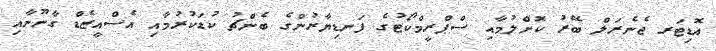
އޮޑިޓަރ ޖެނެރަލް ބޭރު ކޮށްލުމާއި ސްޕްރީމްކޯޓުގެ ފަނޑިޔާރުންގެ ބެންޗު ކުޑަކުރުމާއި އެސްއީޒެޑް ގާނޫނާއި